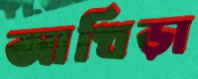
আখিড়া